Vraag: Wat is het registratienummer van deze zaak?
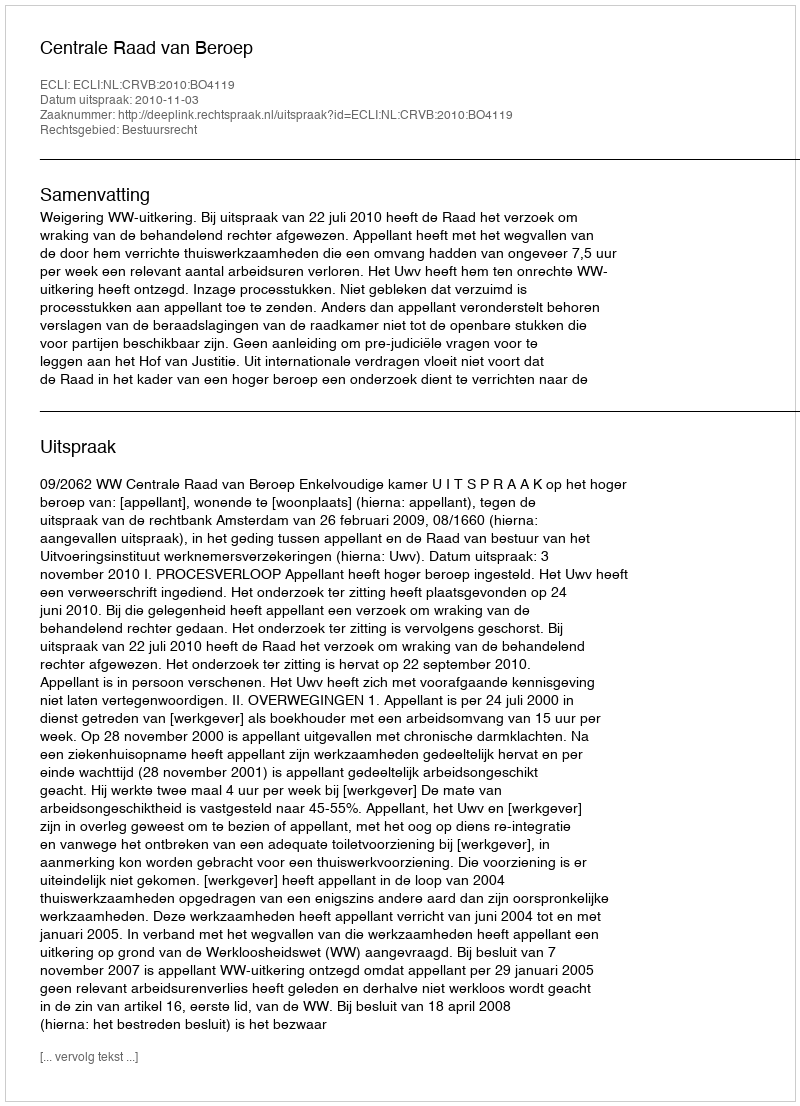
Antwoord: http://deeplink.rechtspraak.nl/uitspraak?id=ECLI:NL:CRVB:2010:BO4119